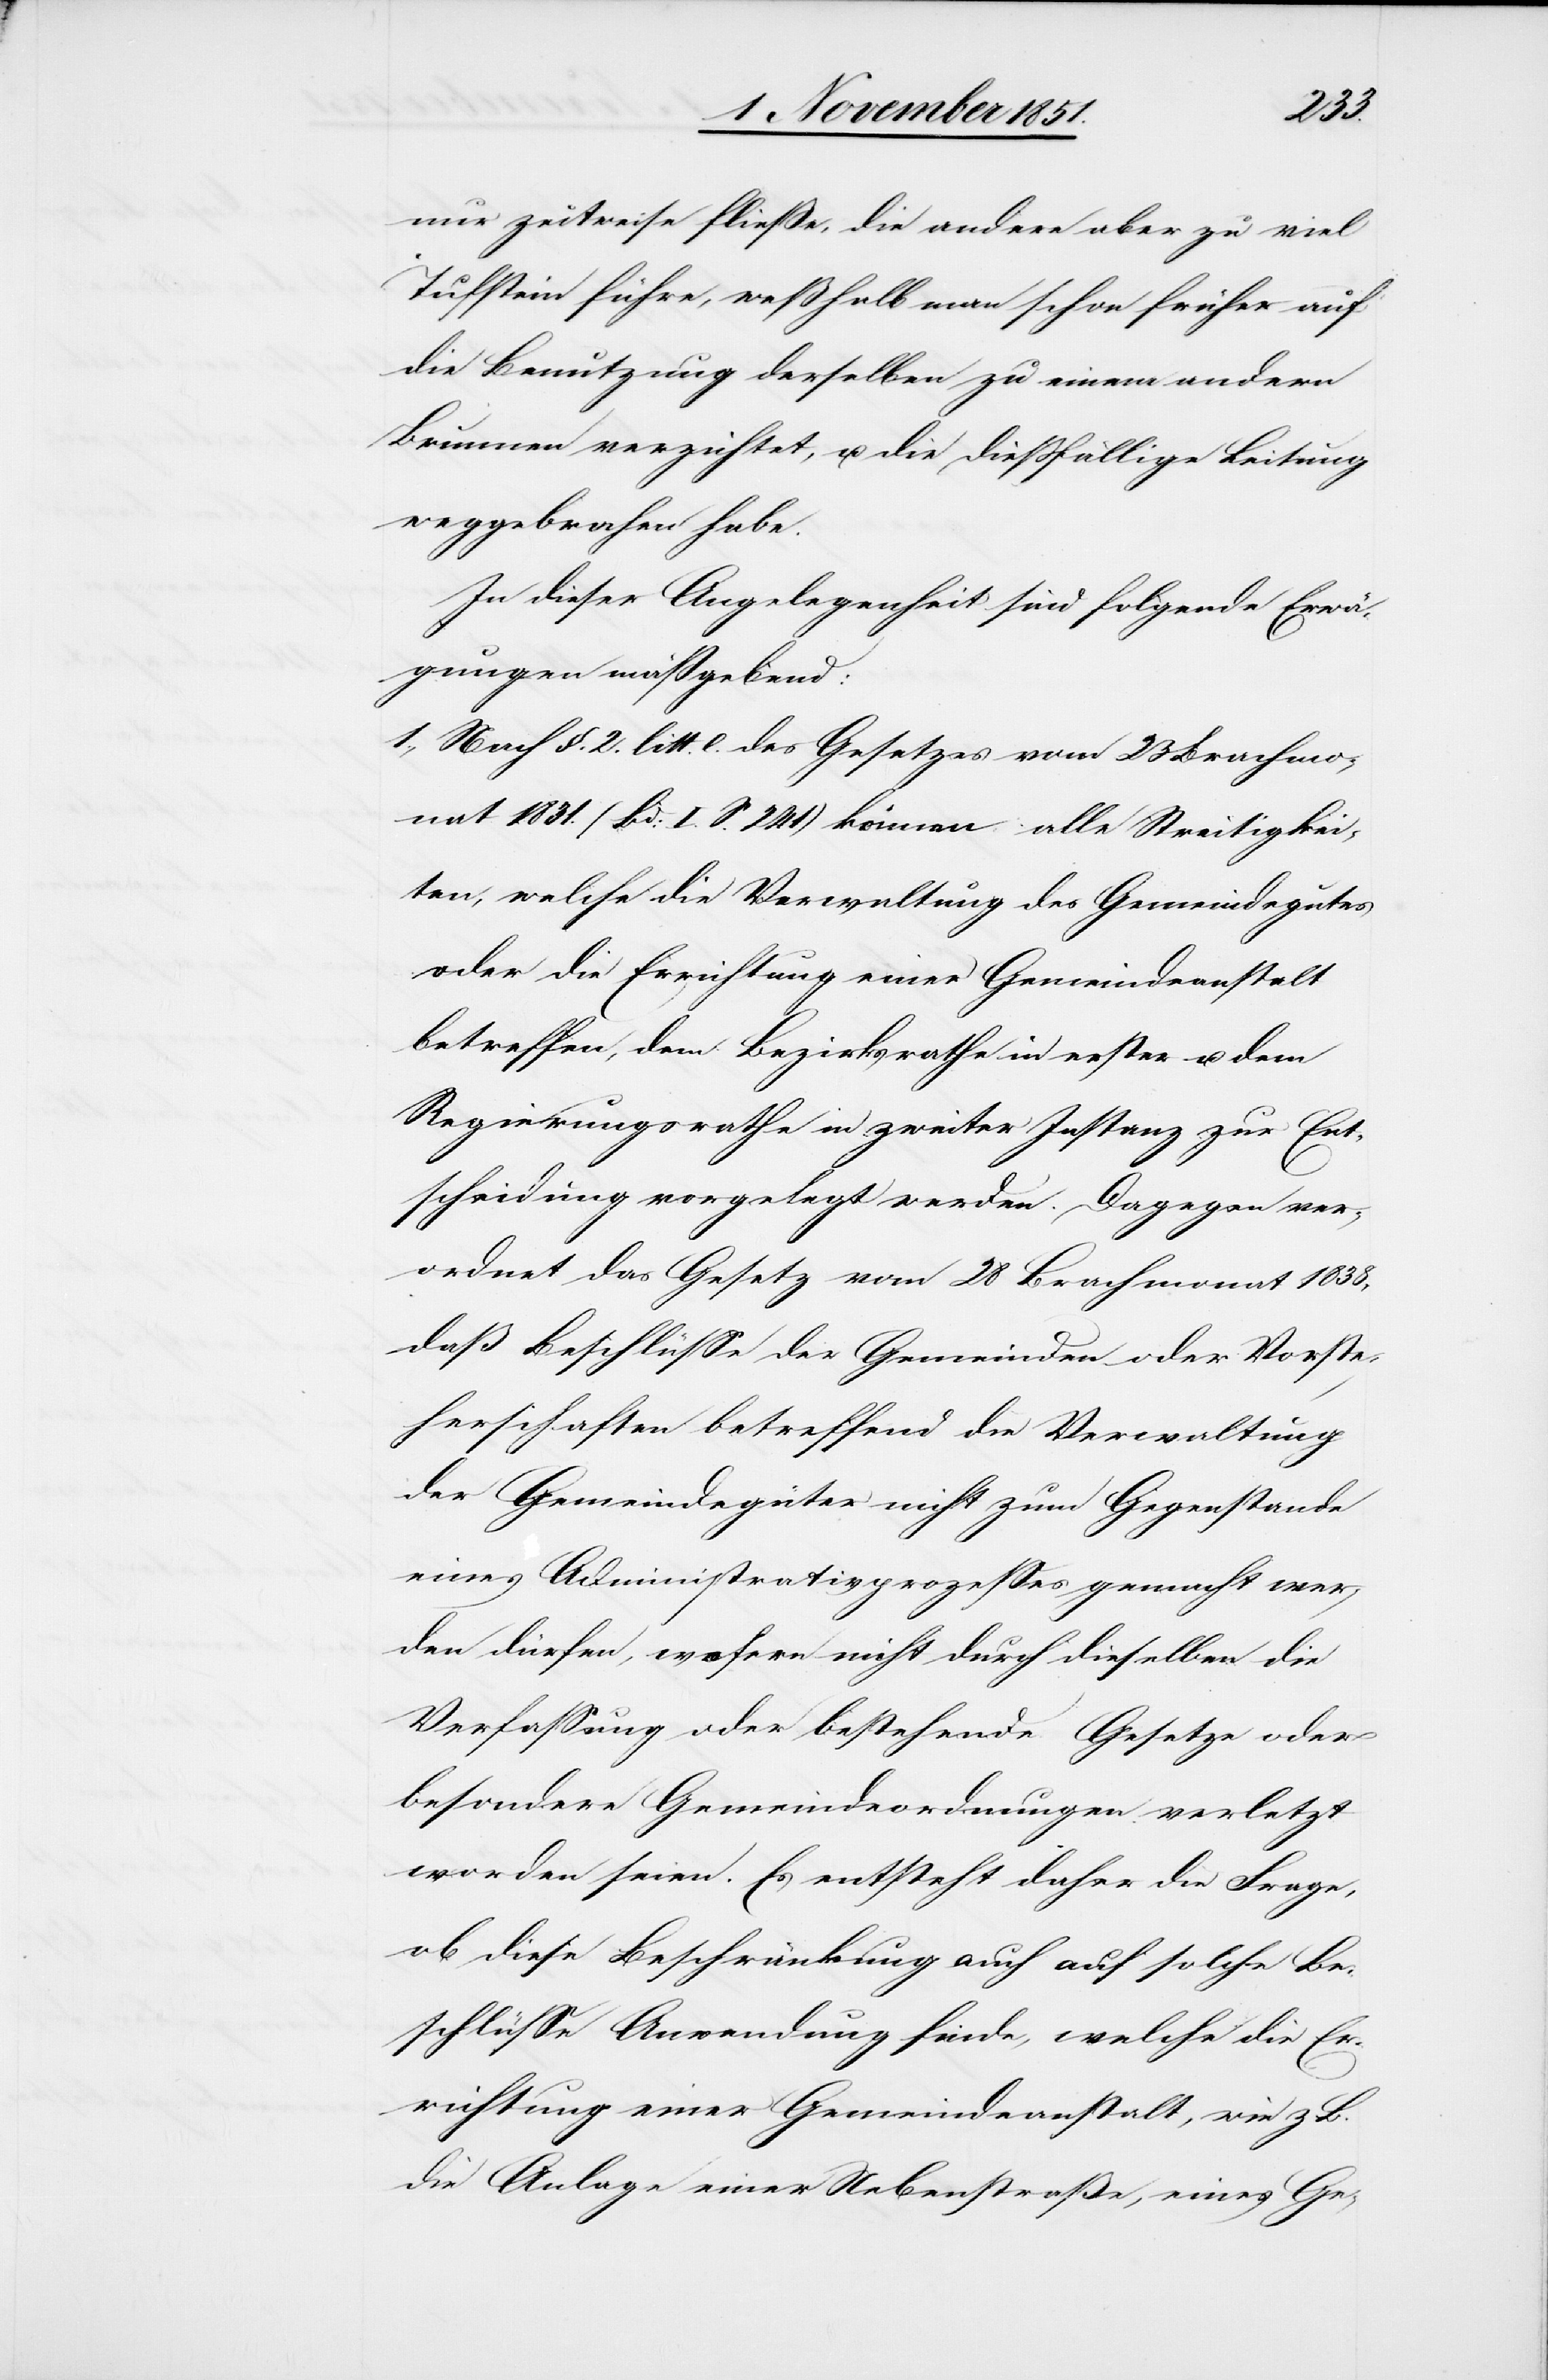
nur zeitweise fließe, die andere aber zu viel
Tufstein führe, weßhalb man schon früher auf
die Benutzung derselben zu einem andern
Brunnen verzichtet, u. die dießfällige Leitung
weggebrochen habe.
In dieser Angelegenheit sind folgende Erwä¬
gungen maßgebend:
Nach §. 2. litt. e. des Gesetzes vom 23 Brachmo¬
nat 1831. (Bd: I. S. 241) können alle Streitigkei¬
ten, welche die Verwaltung des Gemeindegutes
oder die Errichtung einer Gemeindeanstalt
betreffen, dem Bezirksrathe in erster u. dem
Regierungsrathe in zweiter Instanz zur Ent¬
scheidung vorgelegt werden. Dagegen ver¬
ordnet das Gesetz vom 28 Brachmonat 1838,
daß Beschlüsse der Gemeinden oder Vorste¬
herschaften betreffend die Verwaltung
der Gemeindegüter nicht zum Gegenstande
eines Administrativprozesses gemacht wer¬
den dürfen, wofern nicht durch dieselben die
Verfassung oder bestehende Gesetze oder
besondere Gemeindeordnungen verletzt
worden seien. Es entsteht daher die Frage,
ob diese Beschränkung auch auf solche Be¬
schlüsse Anwendung finde, welche die Er¬
richtung einer Gemeindeanstalt, wie z. B.
die Anlage einer Nebenstraße, eines Ge-